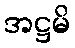
အဋ္ဌမိ